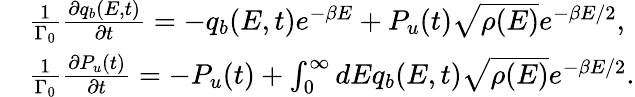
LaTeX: \begin{array}{rl}&{\frac{1}{\Gamma_{0}}\frac{\partial q_{b}(E,t)}{\partial t}=-q_{b}(E,t)e^{-\beta E}+P_{u}(t)\sqrt{\rho(E)}e^{-\beta E/2},}\\ &{\frac{1}{\Gamma_{0}}\frac{\partial P_{u}(t)}{\partial t}=-P_{u}(t)+\int_{0}^{\infty}dEq_{b}(E,t)\sqrt{\rho(E)}e^{-\beta E/2}.}\end{array}